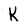
Character: K